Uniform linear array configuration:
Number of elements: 8
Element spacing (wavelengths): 1
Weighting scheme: uniform
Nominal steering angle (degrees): -30
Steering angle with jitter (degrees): -29.946
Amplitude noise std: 0.05
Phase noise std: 0.05

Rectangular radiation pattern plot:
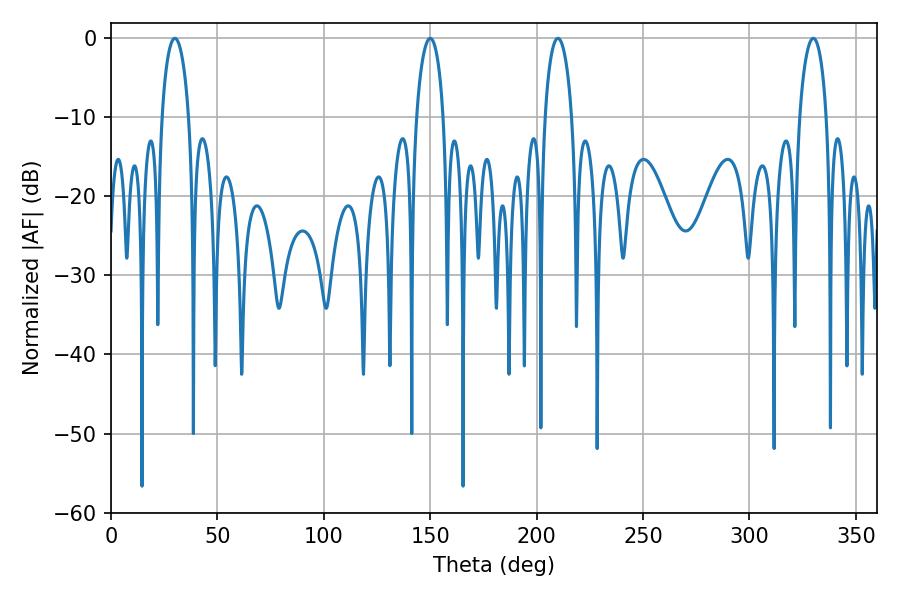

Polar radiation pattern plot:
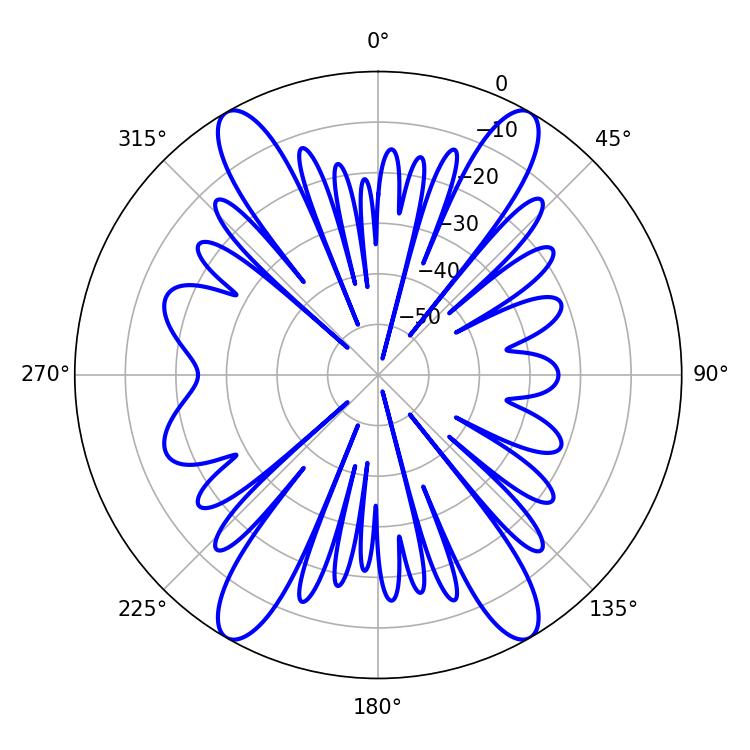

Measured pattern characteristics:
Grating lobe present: TRUE
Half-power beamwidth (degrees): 7.2
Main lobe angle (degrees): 30.06